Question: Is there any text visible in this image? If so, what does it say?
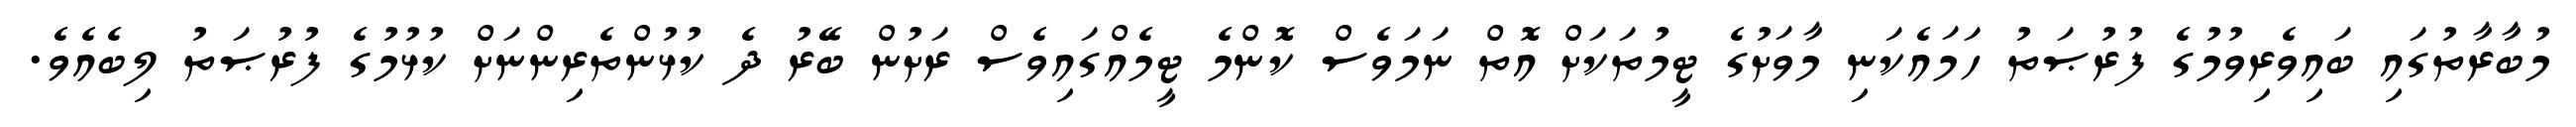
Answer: މުބާރާތުގައި ބައިވެރިވުމުގެ ފުރުޞަތު ހަމައެކަނި މާވަށުގެ ޓީމުތަކަށް އޮތް ނަމަވެސް ކޮންމެ ޓީމެއްގައިވެސް ރަށުން ބޭރު ދެ ކުޅުންތެރިންނަށް ކުޅުމުގެ ފުރުޞަތު ލިބެއެވެ.